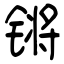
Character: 锵